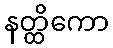
နတ္ထိကော